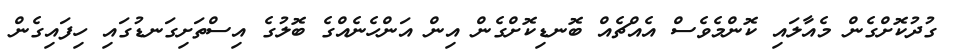
ގުދުކޮށްގެން މެއާލައި ކޮންމެވެސް އެއްޗެއް ބޮނޑިކޮށްގެން އިން އަންހެނެއްގެ ބޮލުގެ އިސްތަށިގަނޑުގައި ހިފައިގެން